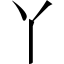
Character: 丫